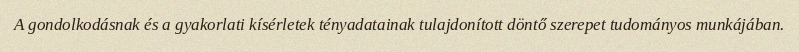
A gondolkodásnak és a gyakorlati kísérletek tényadatainak tulajdonított döntő szerepet tudományos munkájában.